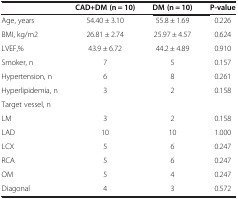
|  | CAD+DM (n = 10) | DM (n = 10) | P-value |
 | --- | --- | --- | --- |
 | Age, years | 54.40 ± 3.10 | 55.8 ± 1.69 | 0.226 |
 | BMI, kg/m2 | 26.81 ± 2.74 | 25.97 ± 4.57 | 0.624 |
 | LVEF,% | 43.9 ± 6.72 | 44.2 ± 4.89 | 0.910 |
 | Smoker, n | 7 | 5 | 0.157 |
 | Hypertension, n | 6 | 8 | 0.261 |
 | Hyperlipidemia, n | 3 | 2 | 0.158 |
 | Target vessel, n |  |  |  |
 | LM | 3 | 2 | 0.158 |
 | LAD | 10 | 10 | 1.000 |
 | LCX | 5 | 6 | 0.247 |
 | RCA | 5 | 6 | 0.247 |
 | OM | 5 | 4 | 0.247 |
 | Diagonal | 4 | 3 | 0.572 |